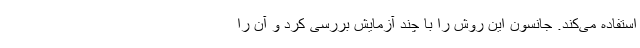
استفاده می‌کند. جانسون این روش را با چند آزمایش بررسی کرد و آن را